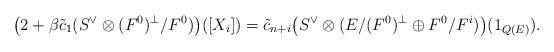
LaTeX: \begin{align*}\big(2+\beta \tilde{c}_1(S^{\vee}\otimes (F^0)^{\perp}/F^0)\big)([X_i]) = \tilde{c}_{n+i}\big(S^{\vee}\otimes (E/(F^0)^{\perp}\oplus F^0/F^i)\big)(1_{Q(E)}).\end{align*}